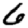
Digit: 6